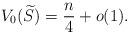
LaTeX: \begin{align*}V_0(\widetilde{S})=\frac{n}{4}+o(1).\end{align*}